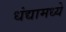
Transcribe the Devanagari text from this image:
धंद्यामध्ये